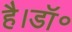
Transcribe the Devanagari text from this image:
है।डॉ॰